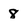
Character: 8